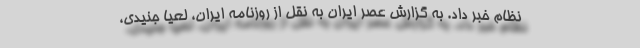
نظام خبر داد. به گزارش عصر ایران به نقل از روزنامه ایران، لعیا جنیدی،